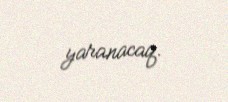
yaranacaq.